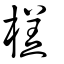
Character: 榚